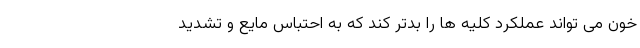
خون می تواند عملکرد کلیه ها را بدتر کند که به احتباس مایع و تشدید